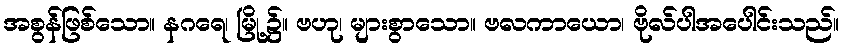
အစွန်ဖြစ်သော။ နဂရေ၊ မြို့၌။ ဗဟု၊ များစွာသော။ ဗလကာယော၊ ဗိုလ်ပါအပေါင်းသည်။